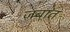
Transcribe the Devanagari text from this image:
जबात